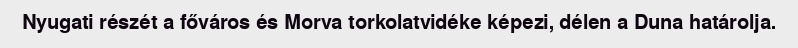
Nyugati részét a főváros és Morva torkolatvidéke képezi, délen a Duna határolja.